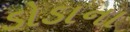
ડોડાના